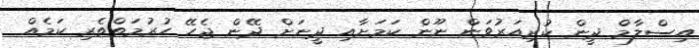
އިސްލާމް ދީން ކުރިއަރުވަން ނޫން ކަމަށާއި ދީނަށް ދޭން ޖެހޭ ހުރުމަތްތެރި ކަމެއް